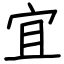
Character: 宜